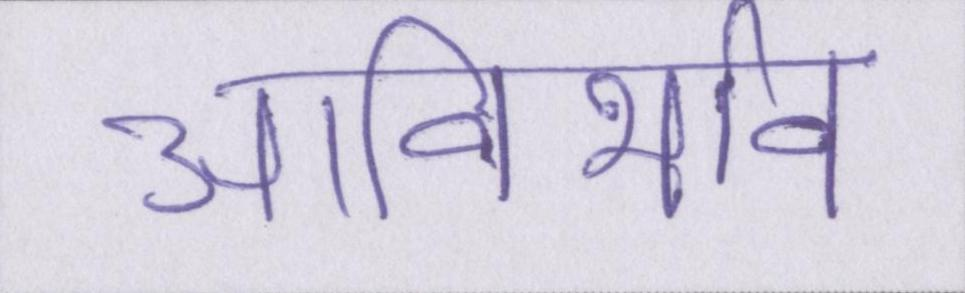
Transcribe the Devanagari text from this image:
आविर्भाव